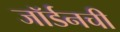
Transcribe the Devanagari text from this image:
जॉर्डनची